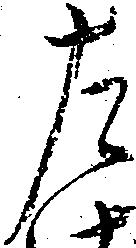
左